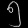
Digit: ၅